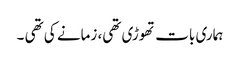
ہماری بات تھوڑی تھی، زمانے کی تھی ۔